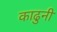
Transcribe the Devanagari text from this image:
काढुनी